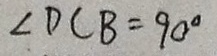
\angle D C B = 9 0 ^ { \circ }